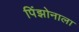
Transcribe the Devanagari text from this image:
पिंझोनाला